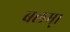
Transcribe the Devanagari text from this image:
बलम्।